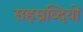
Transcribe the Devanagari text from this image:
सहस्रब्दियों